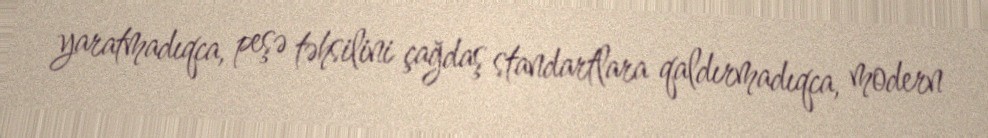
yaratmadıqca, peşə təhsilini çağdaş standartlara qaldırmadıqca, modern